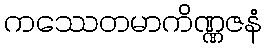
ကဿေတမာကိဏ္ဏဇနံ